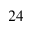
^ { 2 4 }